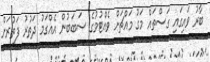
ބާރު ވައިގައި ގަސްތައް މަގު މައްޗަށް ވެއްޓުމުގެ ސަބަބުން އެއްގަމު ދަތުރު ފަތުރަށް